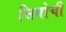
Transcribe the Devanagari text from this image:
सियोची